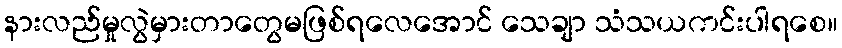
နားလည်မှုလွဲမှားတာတွေမဖြစ်ရလေအောင် သေချာ သံသယကင်းပါရစေ။